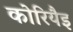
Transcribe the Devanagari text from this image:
कोरियैइ